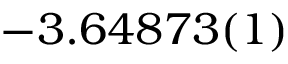
- 3 . 6 4 8 7 3 ( 1 )